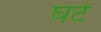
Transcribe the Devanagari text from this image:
घटें